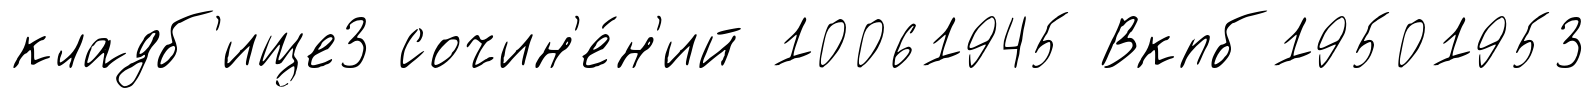
кладб'ище3 сочин'е́н'ий 10061945 Вкпб19501953